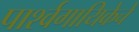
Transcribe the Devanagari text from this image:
पार्श्वगायिकेचे